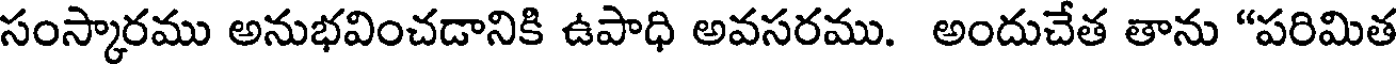
సంస్కారము అనుభవించడానికి ఉపాధి అవసరము. అందుచేత తాను "పరిమిత